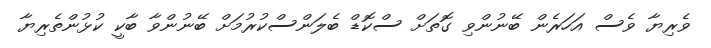
ވެރިޔާ ވެސް އަހަރެން ބޭނުންވި ގޮތަށް ސްކޮޑް ބެލަންސްކުރުމަށް ބޭނުންވާ ބާކީ ކުޅުންތެރިޔާ